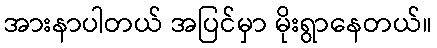
အားနာပါတယ် အပြင်မှာ မိုးရွာနေတယ်။